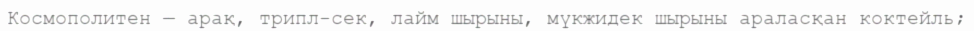
Космополитен — арақ, трипл-сек, лайм шырыны, мүкжидек шырыны араласқан коктейль;